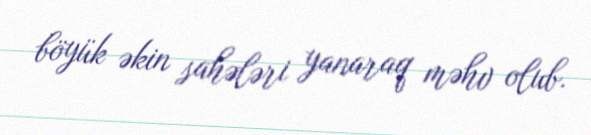
böyük əkin sahələri yanaraq məhv olub.